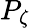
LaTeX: P_{\zeta}